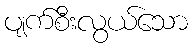
ပျက်စီးလွယ်သော